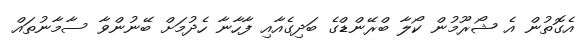
އެގޮތުން އެ ޝޯރޫމުން ކޯލާ ބްރޭންޑްގެ ބަދިގެއާއި ފާހާނާ ހެދުމަށް ބޭނުންވާ ސާމާނުތައް